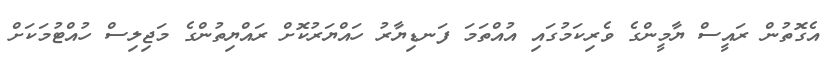
އެގޮތުން ރައީސް ޔާމީންގެ ވެރިކަމުގައި އުއްތަމަ ފަނޑިޔާރު ހައްޔަރުކޮށް ރައްޔިތުންގެ މަޖިލިސް ހުއްޓުމަކަށް